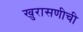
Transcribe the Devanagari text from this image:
खुरासणीची